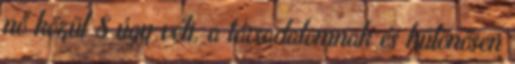
nő közül 8 úgy véli, a társadalomnak és különösen